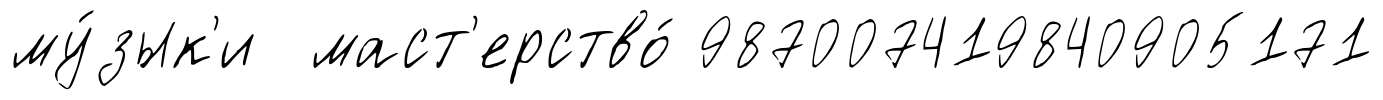
му́зык'и маст'ерство́ 987007419840905171